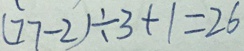
( 7 7 - 2 ) \div 3 + 1 = 2 6